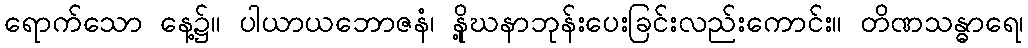
ရောက်သော နေ့၌။ ပါယာယဘောဇနံ၊ နို့ဃနာဘုန်းပေးခြင်းလည်းကောင်း။ တိဏသန္ဓာရေ၊